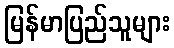
မြန်မာပြည်သူများ